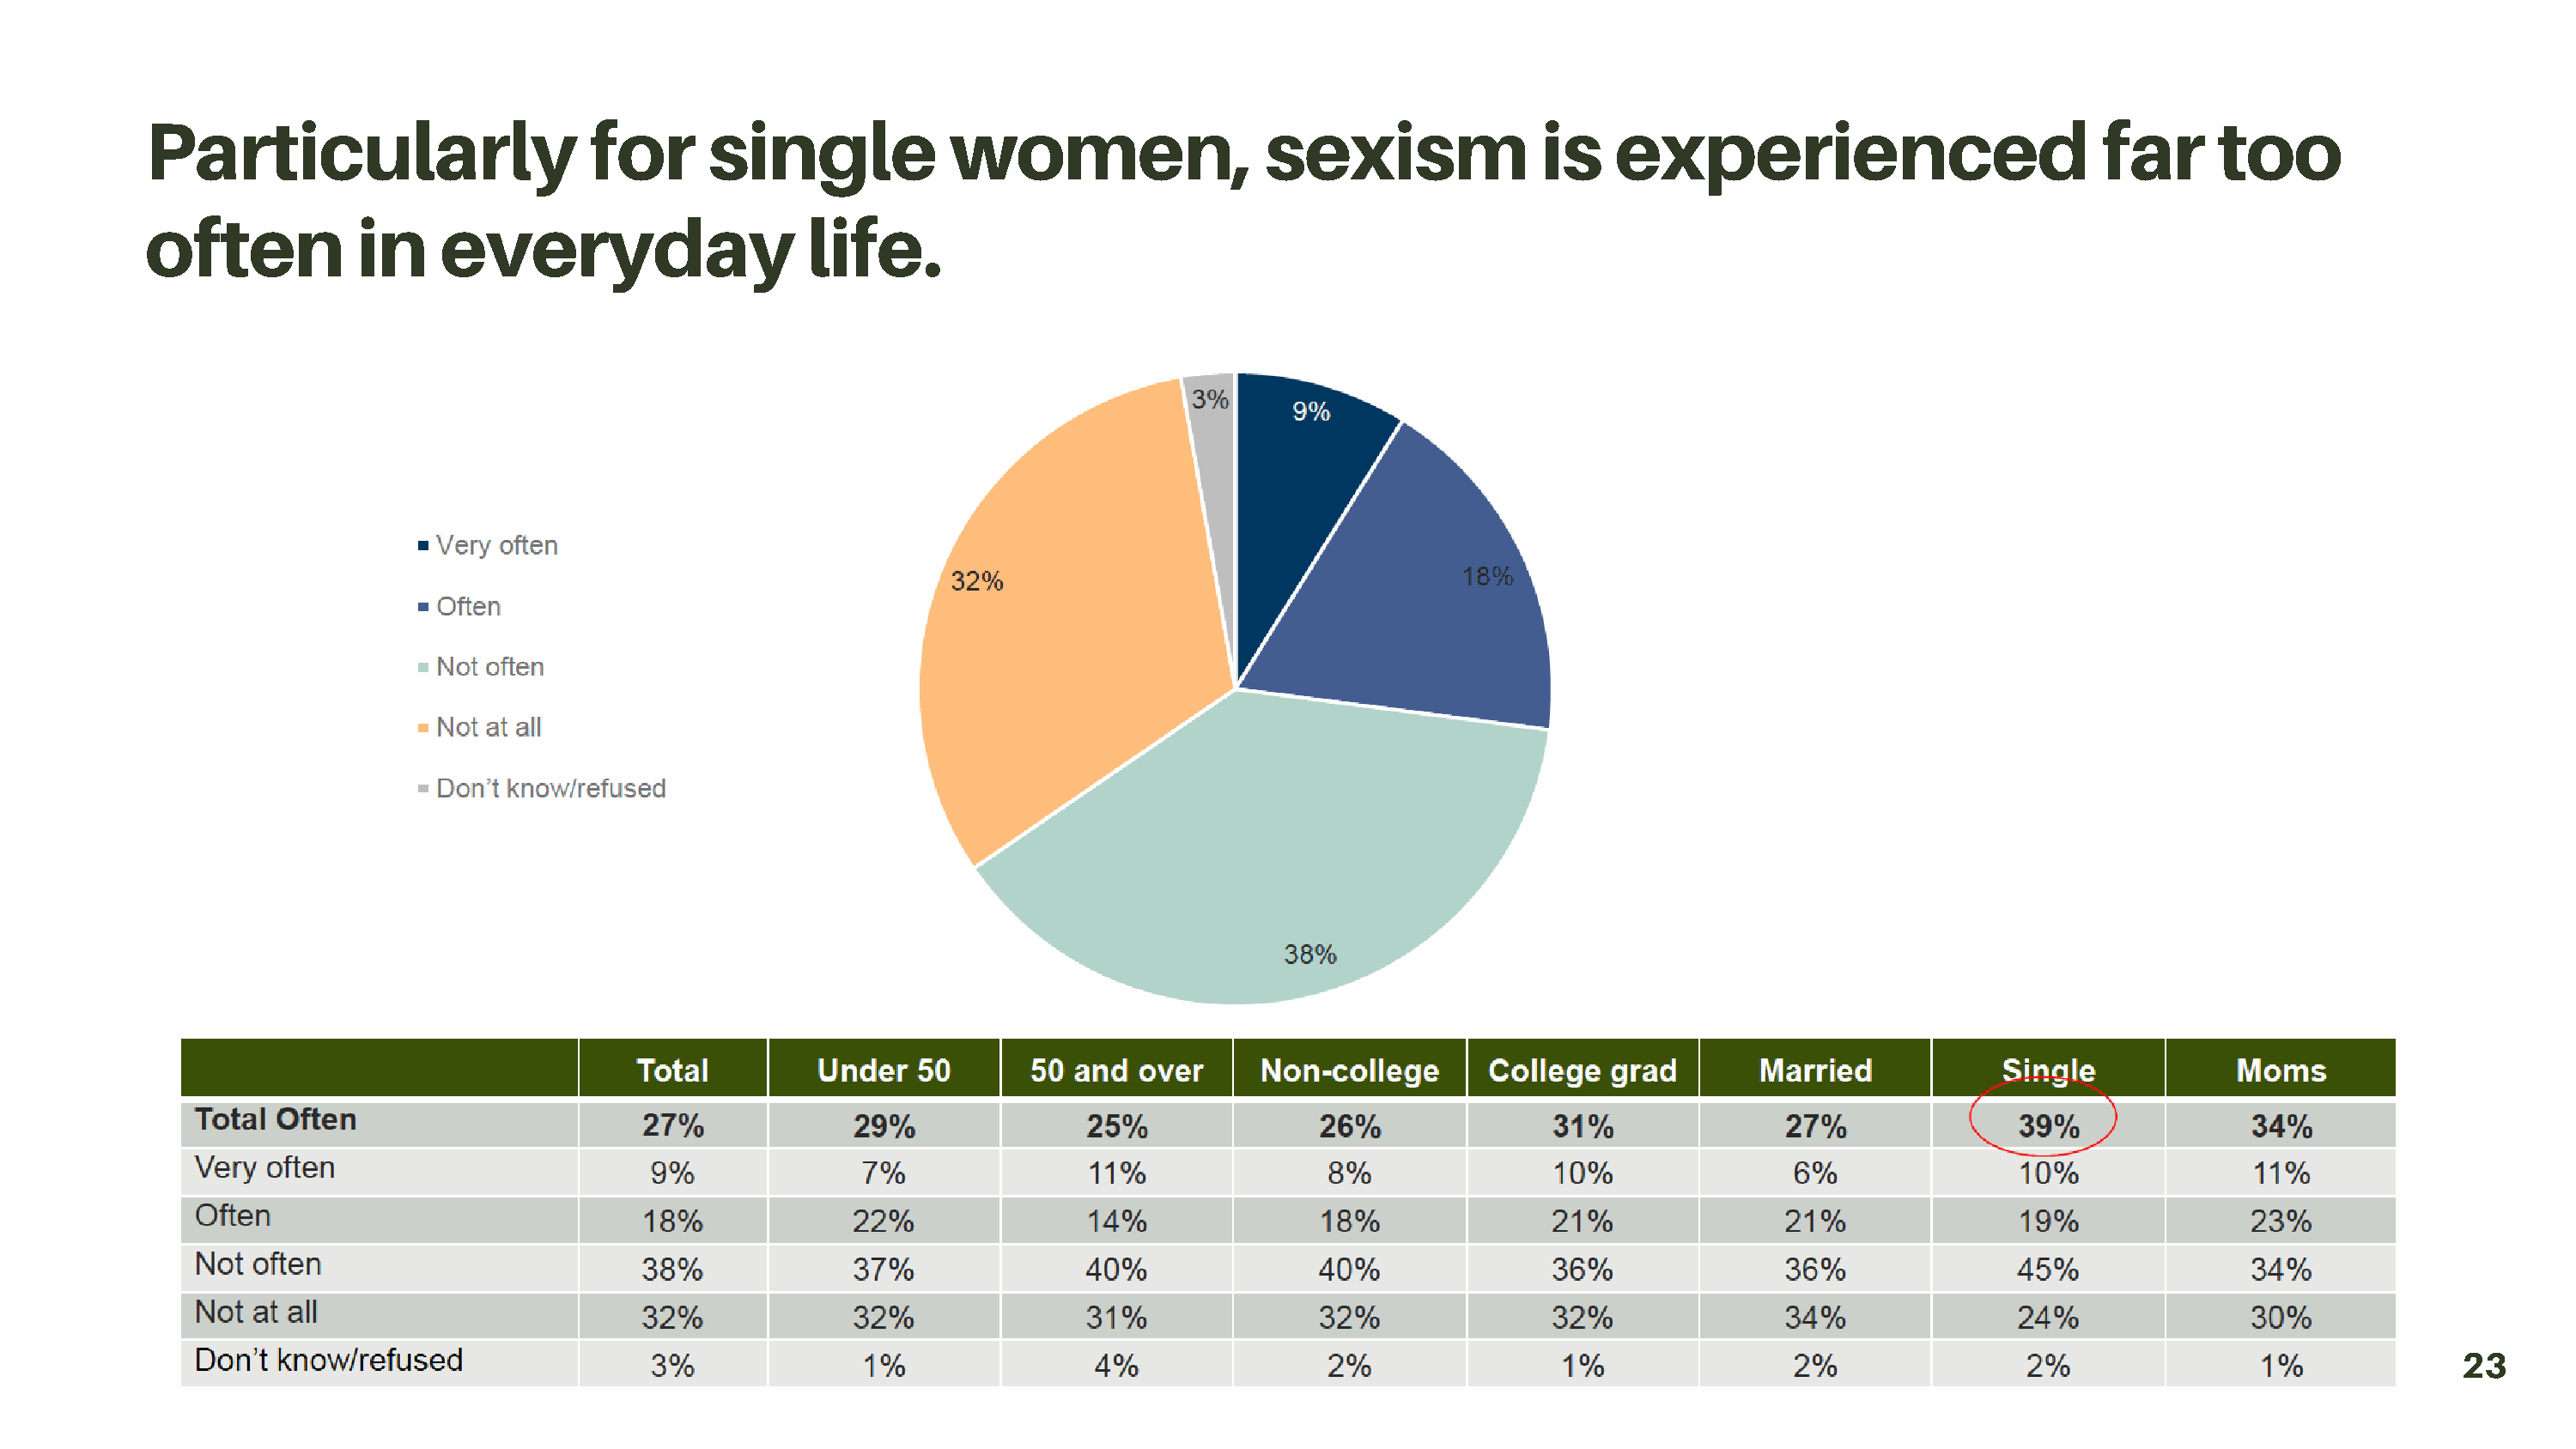
Particularly                      for       single            women,                   sexism               is   experienced                           far      too
 often            in    everyday                    life.
 23